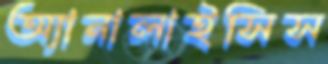
অ্যানালাইসিস